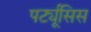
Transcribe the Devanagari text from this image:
पर्ट्यूसिस